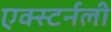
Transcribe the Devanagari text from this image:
एक्स्टर्नली